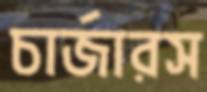
চার্জারস